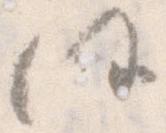
任